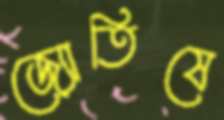
জ্যোতিষে